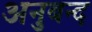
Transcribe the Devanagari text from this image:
अनुबन्द